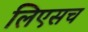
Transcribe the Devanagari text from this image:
लिएसच